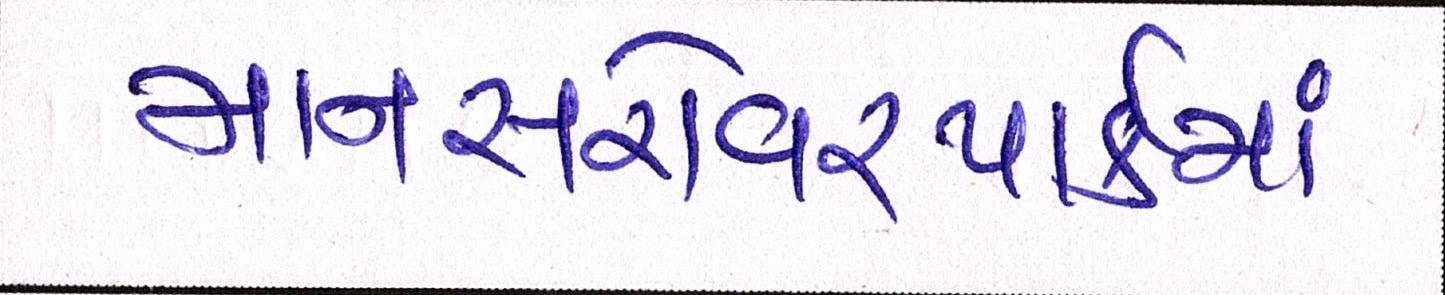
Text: માનસરોવરપાર્કમાં